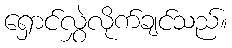
ရှောင်လွှဲလိုက်ချင်သည်။